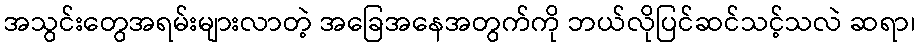
အသွင်းတွေအရမ်းများလာတဲ့ အခြေအနေအတွက်ကို ဘယ်လိုပြင်ဆင်သင့်သလဲ ဆရာ၊